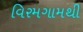
વિરમગામથી